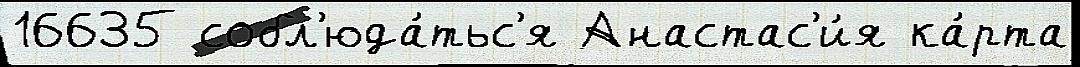
16635 собл'юда́тьс'я Анастас'и́я ка́рта